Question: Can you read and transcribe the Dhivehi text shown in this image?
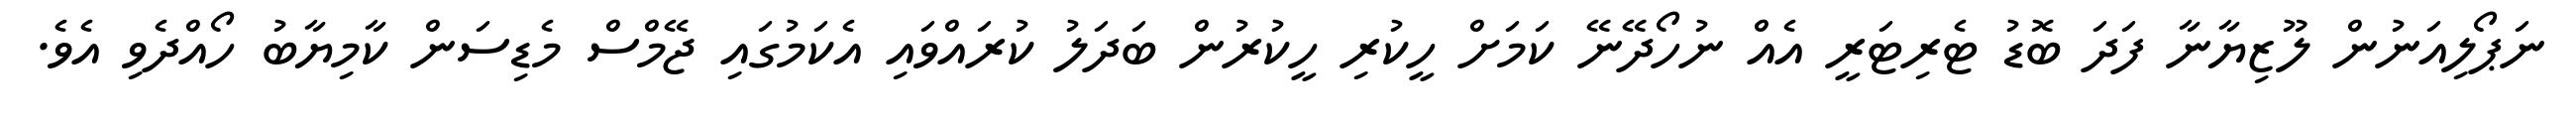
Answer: ނަޕޯލިއަނުން ލޫޒިޔާނާ ފަދަ ބޮޑު ޓެރިޓަރީ އެއް ނުހޯދޭނޭ ކަމަށް ހީކުރި ހީކުރުން ބަދަލު ކުރައްވައި އެކަމުގައި ޖޭމްސް މެޑިސަން ކާމިޔާބު ހޯއްދެވި އެވެ.